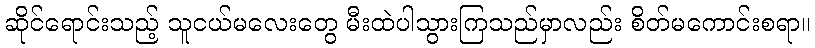
ဆိုင်ရောင်းသည့် သူငယ်မလေးတွေ မီးထဲပါသွားကြသည်မှာလည်း စိတ်မကောင်းစရာ။